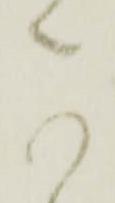
可